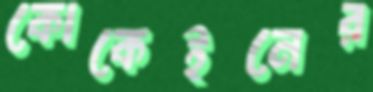
কোকেইনের